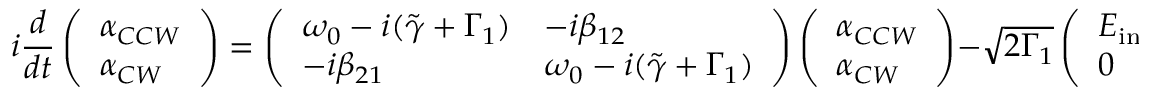
i \frac { d } { d t } \left( \begin{array} { l } { \alpha _ { C C W } } \\ { \alpha _ { C W } } \end{array} \right) = \left( \begin{array} { l l } { \omega _ { 0 } - i ( \tilde { \gamma } + \Gamma _ { 1 } ) } & { - i \beta _ { 1 2 } } \\ { - i \beta _ { 2 1 } } & { \omega _ { 0 } - i ( \tilde { \gamma } + \Gamma _ { 1 } ) } \end{array} \right) \left( \begin{array} { l } { \alpha _ { C C W } } \\ { \alpha _ { C W } } \end{array} \right) - \sqrt { 2 \Gamma _ { 1 } } \left( \begin{array} { l } { E _ { \mathrm { i n } } } \\ { 0 } \end{array} \right) .